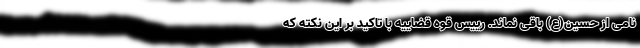
نامی از حسین(ع) باقی نماند. رییس قوه قضاییه با تاکید بر این نکته که